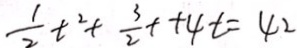
\frac { 1 } { 2 } t ^ { 2 } + \frac { 3 } { 2 } + + 4 t = 4 2